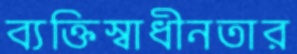
ব্যক্তিস্বাধীনতার